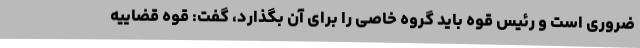
ضروری است و رئیس قوه باید گروه خاصی را برای آن بگذارد، گفت: قوه قضاییه